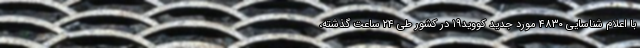
با اعلام شناسایی ۴۸۳۰ مورد جدید کووید۱۹ در کشور طی ۲۴ ساعت گذشته،